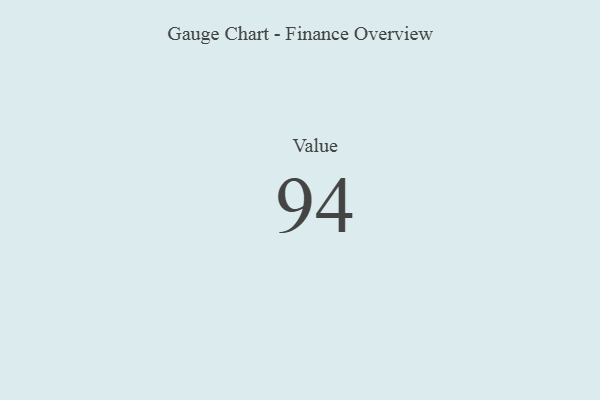
{"axis": {"x": "Metric", "y": "Value"}, "legend": [""], "data": [{"x": "Value", "y": 94, "type": ""}]}